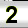
Digit: 2